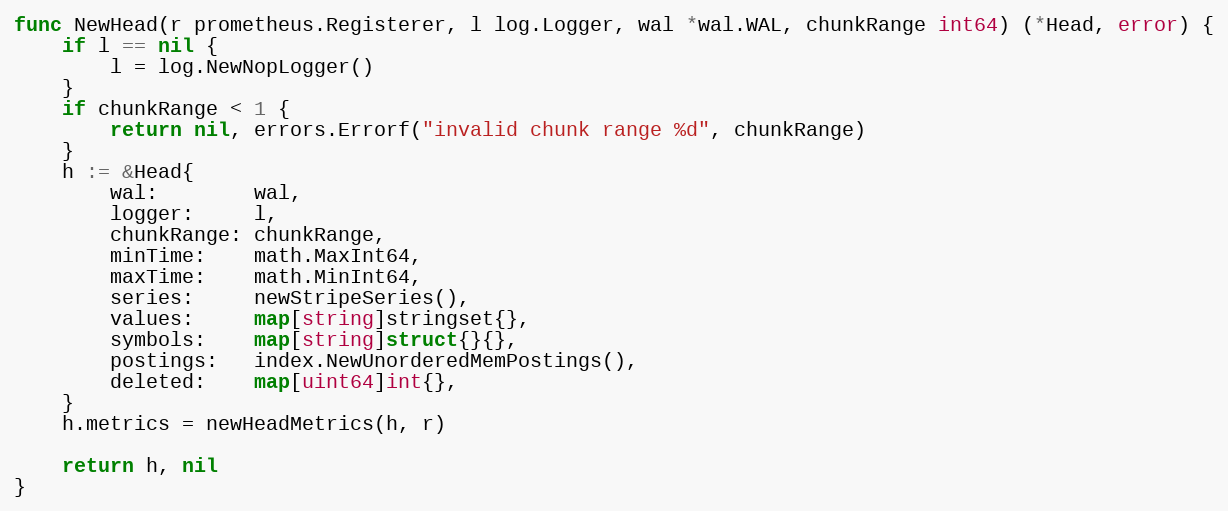
Language: Go
func NewHead(r prometheus.Registerer, l log.Logger, wal *wal.WAL, chunkRange int64) (*Head, error) {
	if l == nil {
		l = log.NewNopLogger()
	}
	if chunkRange < 1 {
		return nil, errors.Errorf("invalid chunk range %d", chunkRange)
	}
	h := &Head{
		wal:        wal,
		logger:     l,
		chunkRange: chunkRange,
		minTime:    math.MaxInt64,
		maxTime:    math.MinInt64,
		series:     newStripeSeries(),
		values:     map[string]stringset{},
		symbols:    map[string]struct{}{},
		postings:   index.NewUnorderedMemPostings(),
		deleted:    map[uint64]int{},
	}
	h.metrics = newHeadMetrics(h, r)

	return h, nil
}